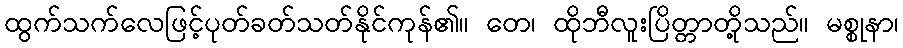
ထွက်သက်လေဖြင့်ပုတ်ခတ်သတ်နိုင်ကုန်၏။ တေ၊ ထိုဘီလူးပြိတ္တာတို့သည်။ မစ္စုနာ၊